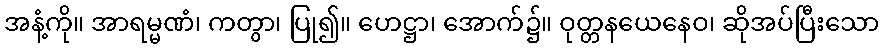
အနံ့ကို။ အာရမ္မဏံ၊ ကတွာ၊ ပြု၍။ ဟေဋ္ဌာ၊ အောက်၌။ ဝုတ္တနယေနေဝ၊ ဆိုအပ်ပြီးသော